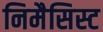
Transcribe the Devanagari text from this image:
निमैसिस्ट